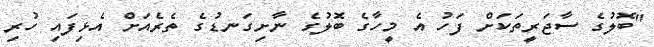
"ބޮލުގެ ސާޖަރީތަކަށް ފަހު އެ މީހާގެ ބޮލުގެ ނާށިގަނޑުގެ ތެރެއަށް އެޅިފައި ހުރި